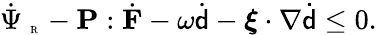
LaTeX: \dot{\Psi}_{\mathrm{~\tiny~R~}}-\mathbf{P}:\dot{\mathbf{F}}-\omega\dot{{\mathsf{d}}}-\boldsymbol{\xi}\cdot\nabla\dot{{\mathsf{d}}}\leq 0.